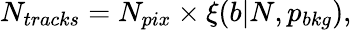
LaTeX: N_{tracks}=N_{pix}\times\xi(b|N,p_{bkg}),